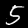
Label: 5